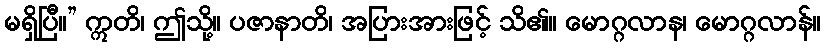
မရှိပြီ။” ဣတိ၊ ဤသို့။ ပဇာနာတိ၊ အပြားအားဖြင့် သိ၏။ မောဂ္ဂလာန၊ မောဂ္ဂလာန်။